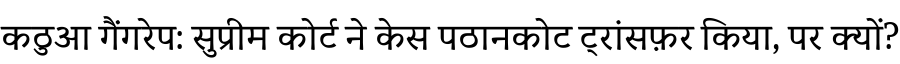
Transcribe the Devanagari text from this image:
कठुआ गैंगरेप: सुप्रीम कोर्ट ने केस पठानकोट ट्रांसफ़र किया, पर क्यों?